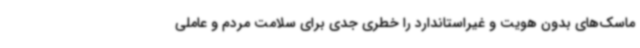
ماسک‌های بدون هویت و غیراستاندارد را خطری جدی برای سلامت مردم و عاملی